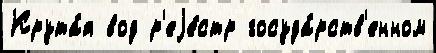
Крута́я вод р'еjе́стр госуда́рств'енном